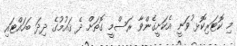
މި ކޮޓަރިކޮޅ ުވަނީ އެކަށީގެންވާ ރަސްމީ ގޮތަށް ދެ ޤައުމުގެ ދިދަ ބަހައްޓައި